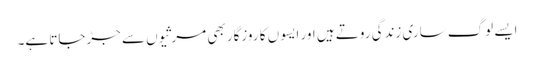
ایسے لوگ ساری زندگی روتے ہیں اور ایسوں کا روزگار بھی مرثیوں سے جڑجاتا ہے۔